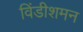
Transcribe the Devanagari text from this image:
विंडीशमन